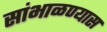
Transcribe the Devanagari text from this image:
सांभाळण्‍यास